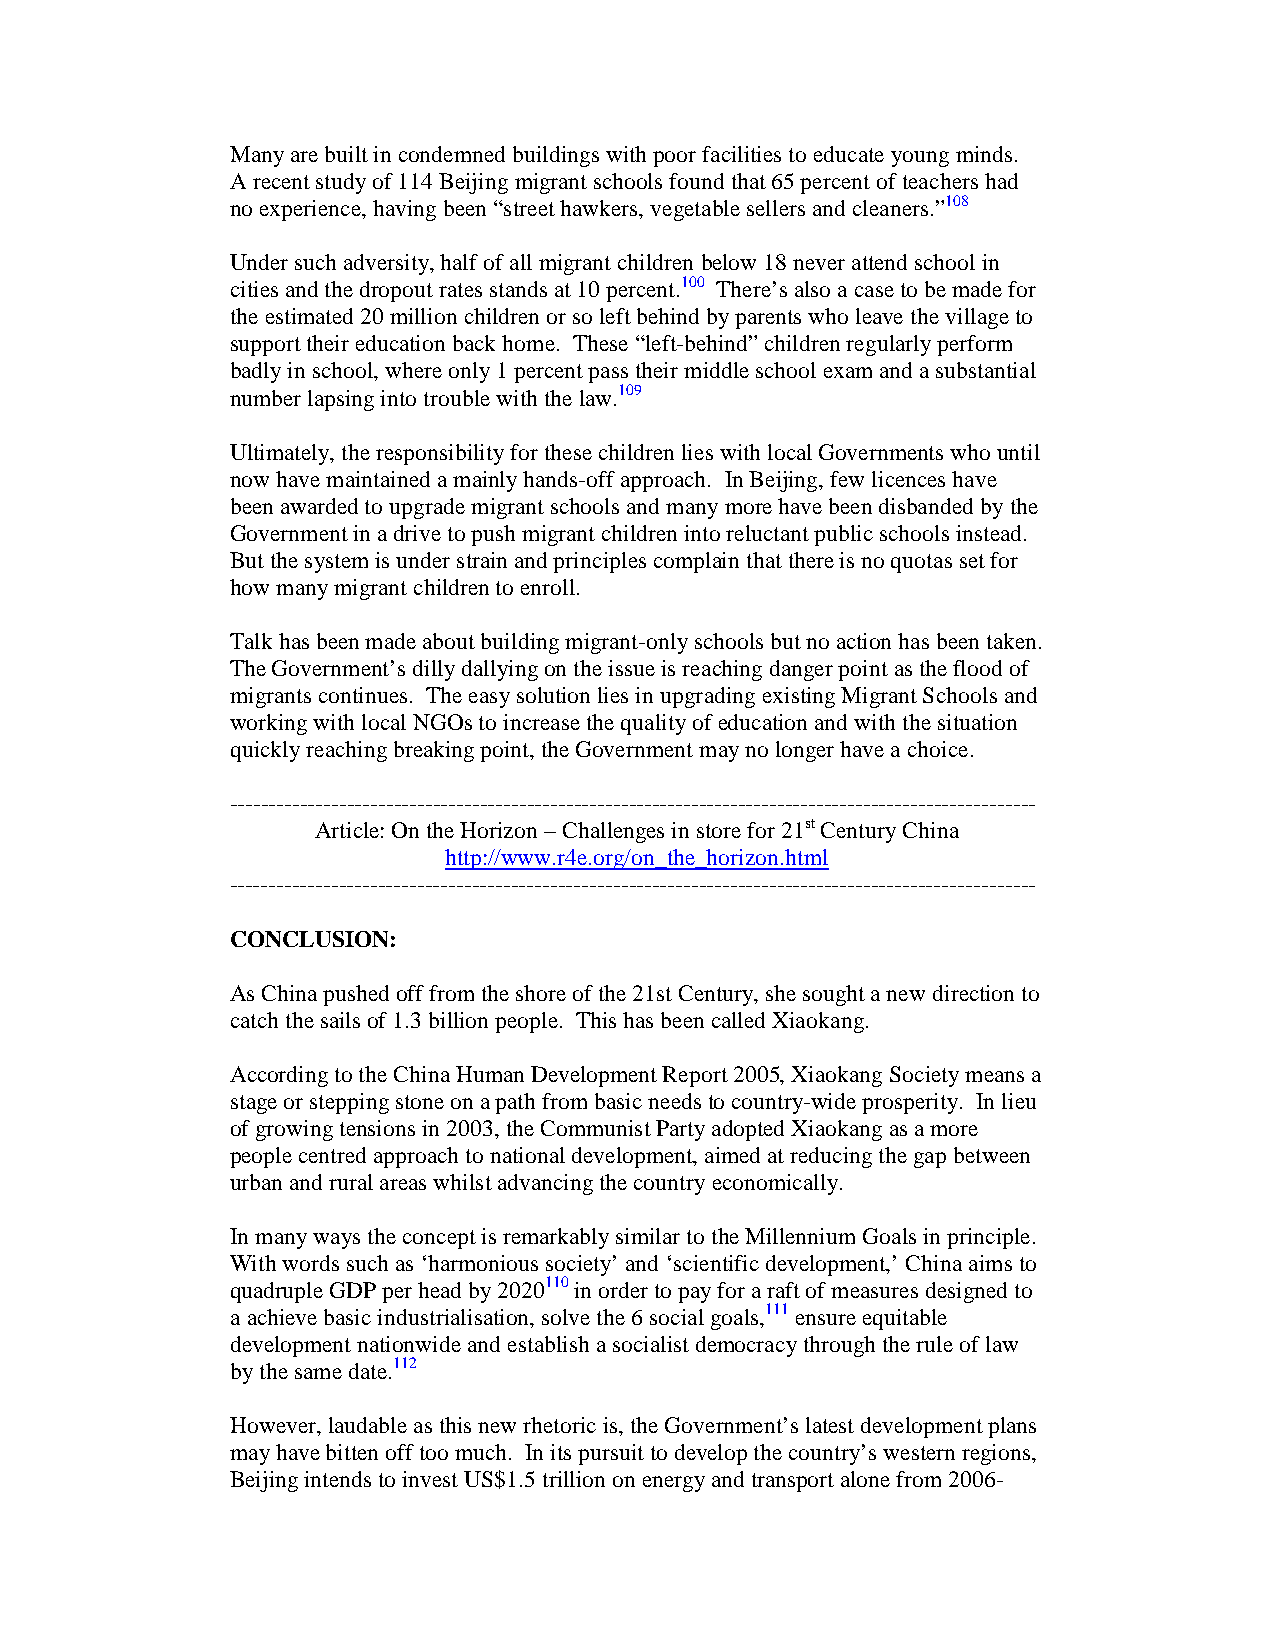
Many are built in condemned buildings with poor facilities to educate young minds.
 A recent study of 114 Beijing migrant schools found that 65 percent of teachers had
 no experience, having been “street hawkers, vegetable sellers and cleaners.”108
 Under such adversity, half of all migrant children below 18 never attend school in
 cities and the dropout rates stands at 10 percent.100 There’s also a case to be made for
 the estimated 20 million children or so left behind by parents who leave the village to
 support their education back home. These “left-behind” children regularly perform
 badly in school, where only 1 percent pass their middle school exam and a substantial
 number lapsing into trouble with the law.109
 Ultimately, the responsibility for these children lies with local Governments who until
 now have maintained a mainly hands-off approach. In Beijing, few licences have
 been awarded to upgrade migrant schools and many more have been disbanded by the
 Government in a drive to push migrant children into reluctant public schools instead.
 But the system is under strain and principles complain that there is no quotas set for
 how many migrant children to enroll.
 Talk has been made about building migrant-only schools but no action has been taken.
 The Government’s dilly dallying on the issue is reaching danger point as the flood of
 migrants continues. The easy solution lies in upgrading existing Migrant Schools and
 working with local NGOs to increase the quality of education and with the situation
 quickly reaching breaking point, the Government may no longer have a choice.
 -------------------------------------------------------------------------------------------------------
 Article: On the Horizon – Challenges in store for 21st Century China
 http://www.r4e.org/on_the_horizon.html
 -------------------------------------------------------------------------------------------------------
 CONCLUSION:
 As China pushed off from the shore of the 21st Century, she sought a new direction to
 catch the sails of 1.3 billion people. This has been called Xiaokang.
 According to the China Human Development Report 2005, Xiaokang Society means a
 stage or stepping stone on a path from basic needs to country-wide prosperity. In lieu
 of growing tensions in 2003, the Communist Party adopted Xiaokang as a more
 people centred approach to national development, aimed at reducing the gap between
 urban and rural areas whilst advancing the country economically.
 In many ways the concept is remarkably similar to the Millennium Goals in principle.
 With words such as ‘harmonious society’ and ‘scientific development,’ China aims to
 quadruple GDP per head by 2020110 in order to pay for a raft of measures designed to
 a achieve basic industrialisation, solve the 6 social goals,111 ensure equitable
 development nationwide and establish a socialist democracy through the rule of law
 by the same date.112
 However, laudable as this new rhetoric is, the Government’s latest development plans
 may have bitten off too much. In its pursuit to develop the country’s western regions,
 Beijing intends to invest US$1.5 trillion on energy and transport alone from 2006-